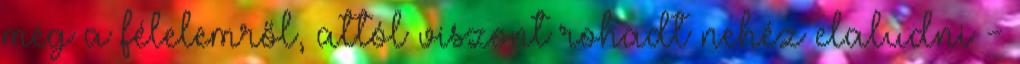
meg a félelemről, attól viszont rohadt nehéz elaludni -